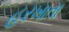
હરખાતા